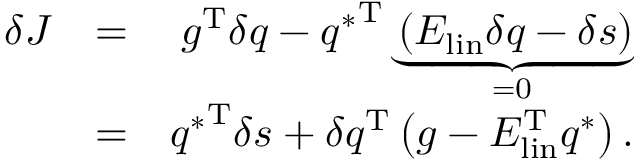
\begin{array} { r l r } { \delta J } & { = } & { g ^ { \mathrm { T } } \delta q - { q ^ { * } } ^ { \mathrm { T } } \underbrace { \left( E _ { \mathrm { l i n } } \delta q - \delta s \right) } _ { = 0 } } \\ & { = } & { { q ^ { * } } ^ { \mathrm { T } } \delta s + \delta q ^ { \mathrm { T } } \left( g - E _ { \mathrm { l i n } } ^ { \mathrm { T } } q ^ { * } \right) . } \end{array}